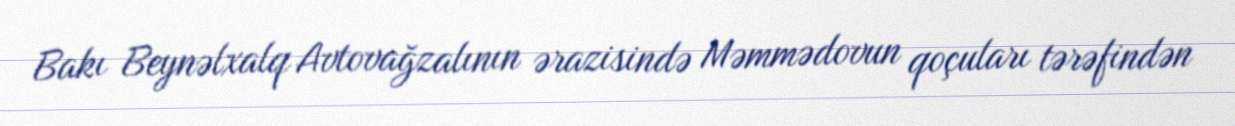
Bakı Beynəlxalq Avtovağzalının ərazisində Məmmədovun qoçuları tərəfindən